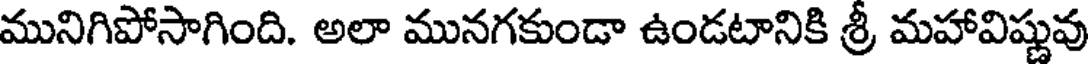
మునిగిపోసాగింది. అలా మునగకుండా ఉండటానికి శ్రీ మహావిష్ణువు